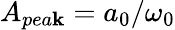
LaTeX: A_{pea\mathbf{k}}=a_{0}/\omega_{0}